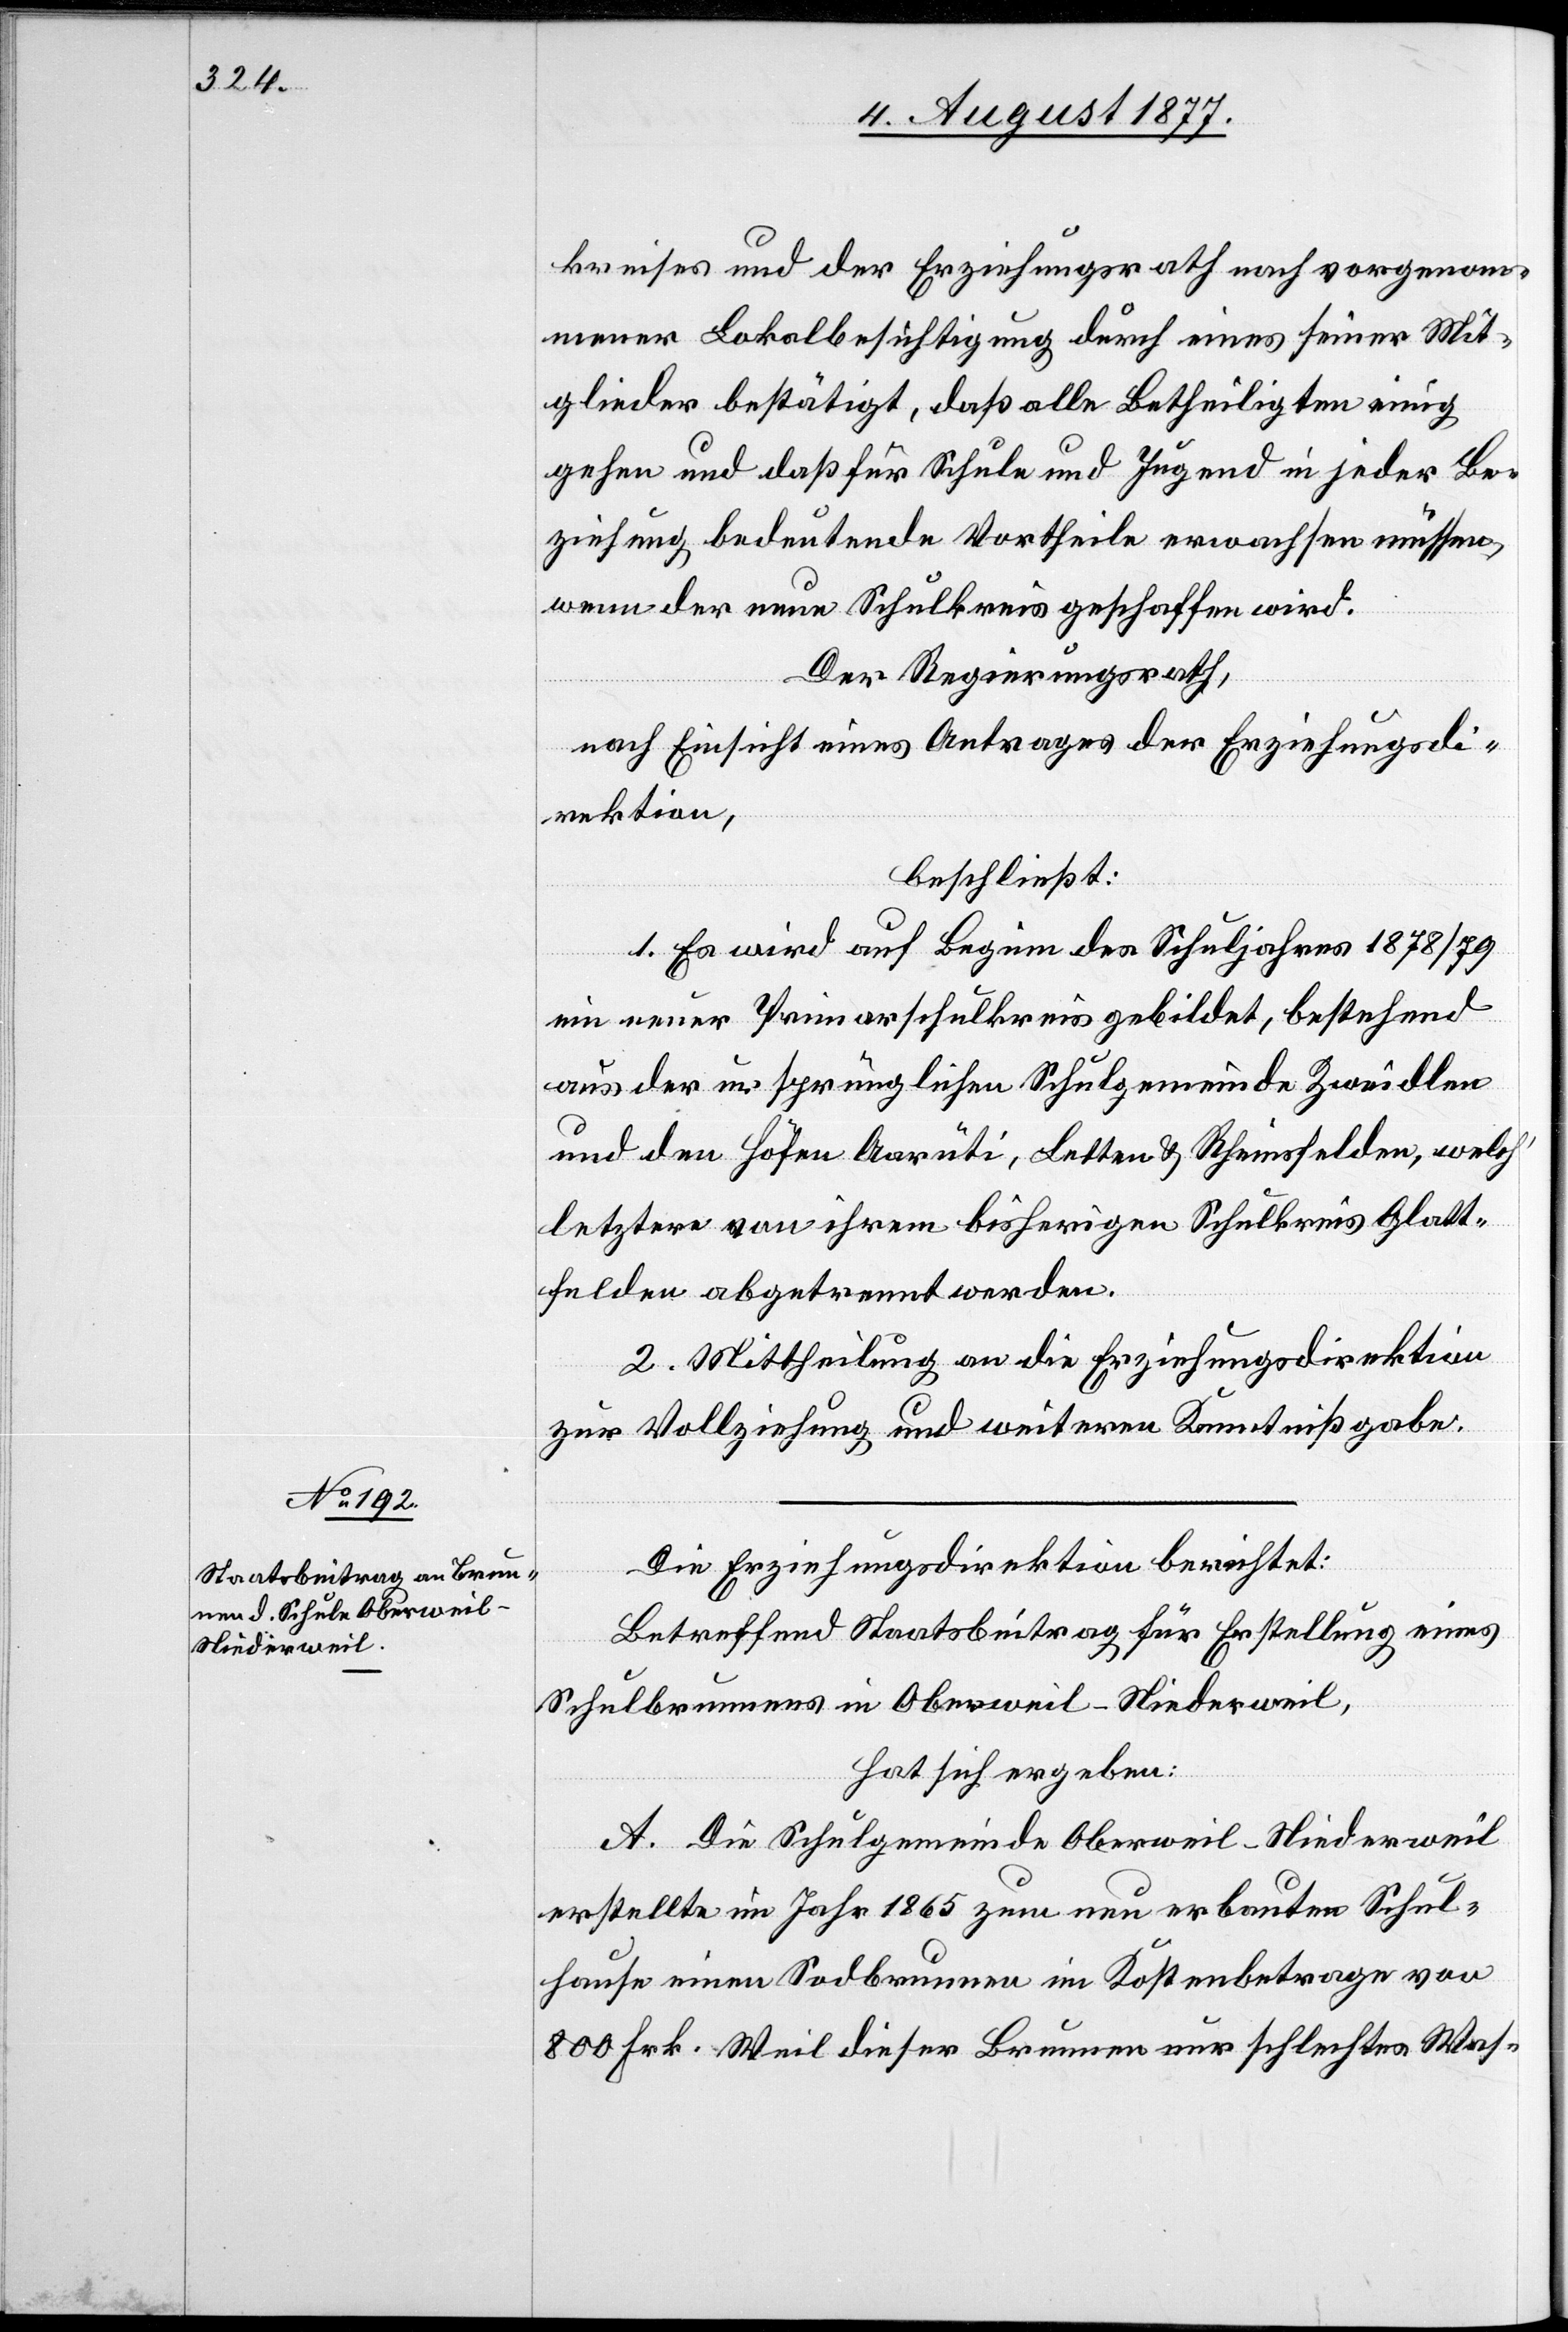
kreises und der Erziehungsrath nach vorgenom¬
mener Lokalbesichtigung durch eines seiner Mit¬
glieder bestätigt, daß alle Betheiligten einig
gehen und daß für Schule und Jugend in jeder Be¬
ziehung bedeutende Vortheile erwachsen müssen,
wenn der neue Schulkreis geschaffen wird.
Der Regierungsrath,
nach Einsicht eines Antrages der Erziehungsdi¬
rektion,
beschließt:
1. Es wird auf Beginn des Schuljahres 1878/79
ein neuer Primarschulkreis gebildet, bestehend
aus der ursprünglichen Schulgemeinde Zweidlen
und den Höfen Aarüti, Letten & Rheinsfelden, welch‘
letztere von ihrem bisherigen Schulkreis Glatt¬
felden abgetrennt werden.
2. Mittheilung an die Erziehungsdirektion
zur Vollziehung und weiteren Kenntnißgabe.
Die Erziehungsdirektion berichtet:
Betreffend Staatsbeitrag für Erstellung eines
Schulbrunnens in Oberweil-Niederweil,
hat sich ergeben:
A. Die Schulgemeinde Oberweil-Niederweil
erstellte im Jahr 1865 zum neu erbauten Schul¬
hause einen Sodbrunnen im Kostenbetrage von
800 Frk. Weil dieser Brunnen nur schlechtes Was-